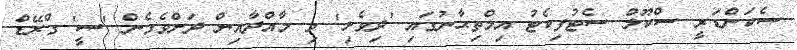
ސެކަންޑަރީ ސްކޫލް ސެޓުފިކެޓު އިމްތިޙާނުގައި 'ދިވެހި' މި މާއްދާއިން ދަށްވެގެން 'ސީ' ގްރޭޑް